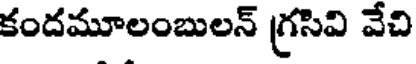
కందమూలంబులన్ గ్రసివి వేచి